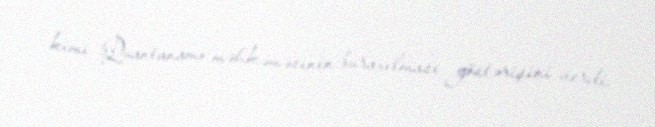
kimi Quantanamo məhkəməsinin buraxılması göstərişini verdi.